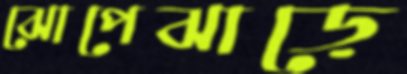
ঝোপেঝাড়ে